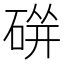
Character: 𱴓